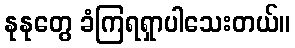
နုနုတွေ ခံကြရရှာပါသေးတယ်။